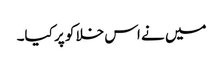
میں نے اس خلا کو پر کیا۔